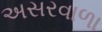
અસરવાળા